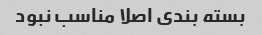
بسته بندی اصلا مناسب نبود